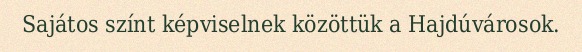
Sajátos színt képviselnek közöttük a Hajdúvárosok.